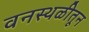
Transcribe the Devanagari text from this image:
वनस्थळीतून